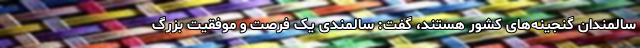
سالمندان گنجینه‌های کشور هستند، گفت: سالمندی یک فرصت و موفقیت بزرگ